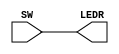
module switches (SW, LEDR);
input [9:0] SW; // slide switches
output [9:0] LEDR; // red LEDs
assign LEDR = SW;
endmodule